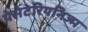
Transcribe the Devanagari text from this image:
पेसेटेरियनिज्म